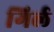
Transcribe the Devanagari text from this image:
गिर्ल